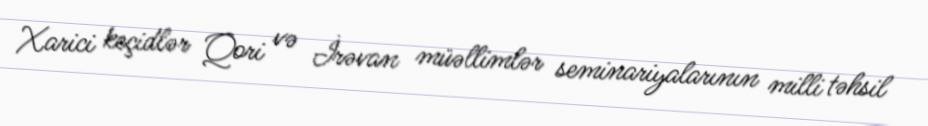
Xarici keçidlər Qori və İrəvan müəllimlər seminariyalarının milli təhsil